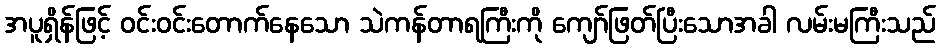
အပူရှိန်ဖြင့် ဝင်းဝင်းတောက်နေသော သဲကန်တာရကြီးကို ကျော်ဖြတ်ပြီးသောအခါ လမ်းမကြီးသည်